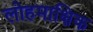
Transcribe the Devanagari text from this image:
लोहमाक्षिक